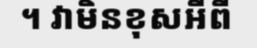
។ វាមិនខុសអីពី